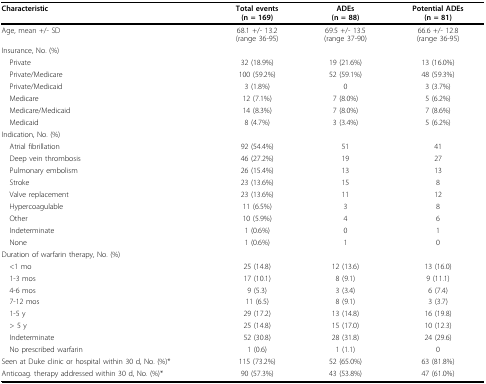
<table><thead><tr><td><b>Characteristic</b></td><td><b>Total events(n = 169)</b></td><td><b>ADEs(n = 88)</b></td><td><b>Potential ADEs(n = 81)</b></td></tr></thead><tbody><tr><td>Age, mean +/- SD</td><td>68.1 +/- 13.2(range 36-95)</td><td>69.5 +/- 13.5(range 37-90)</td><td>66.6 +/- 12.8(range 36-95)</td></tr><tr><td>Insurance, No. (%)</td><td></td><td></td><td></td></tr><tr><td> Private</td><td>32 (18.9%)</td><td>19 (21.6%)</td><td>13 (16.0%)</td></tr><tr><td> Private/Medicare</td><td>100 (59.2%)</td><td>52 (59.1%)</td><td>48 (59.3%)</td></tr><tr><td> Private/Medicaid</td><td>3 (1.8%)</td><td>0</td><td>3 (3.7%)</td></tr><tr><td> Medicare</td><td>12 (7.1%)</td><td>7 (8.0%)</td><td>5 (6.2%)</td></tr><tr><td> Medicare/Medicaid</td><td>14 (8.3%)</td><td>7 (8.0%)</td><td>7 (8.6%)</td></tr><tr><td> Medicaid</td><td>8 (4.7%)</td><td>3 (3.4%)</td><td>5 (6.2%)</td></tr><tr><td>Indication, No. (%)</td><td></td><td></td><td></td></tr><tr><td> Atrial fibrillation</td><td>92 (54.4%)</td><td>51</td><td>41</td></tr><tr><td> Deep vein thrombosis</td><td>46 (27.2%)</td><td>19</td><td>27</td></tr><tr><td> Pulmonary embolism</td><td>26 (15.4%)</td><td>13</td><td>13</td></tr><tr><td> Stroke</td><td>23 (13.6%)</td><td>15</td><td>8</td></tr><tr><td> Valve replacement</td><td>23 (13.6%)</td><td>11</td><td>12</td></tr><tr><td> Hypercoagulable</td><td>11 (6.5%)</td><td>3</td><td>8</td></tr><tr><td> Other</td><td>10 (5.9%)</td><td>4</td><td>6</td></tr><tr><td> Indeterminate</td><td>1 (0.6%)</td><td>0</td><td>1</td></tr><tr><td> None</td><td>1 (0.6%)</td><td>1</td><td>0</td></tr><tr><td>Duration of warfarin therapy, No. (%)</td><td></td><td></td><td></td></tr><tr><td> &lt;1 mo</td><td>25 (14.8)</td><td>12 (13.6)</td><td>13 (16.0)</td></tr><tr><td> 1-3 mos</td><td>17 (10.1)</td><td>8 (9.1)</td><td>9 (11.1)</td></tr><tr><td> 4-6 mos</td><td>9 (5.3)</td><td>3 (3.4)</td><td>6 (7.4)</td></tr><tr><td> 7-12 mos</td><td>11 (6.5)</td><td>8 (9.1)</td><td>3 (3.7)</td></tr><tr><td> 1-5 y</td><td>29 (17.2)</td><td>13 (14.8)</td><td>16 (19.8)</td></tr><tr><td> &gt; 5 y</td><td>25 (14.8)</td><td>15 (17.0)</td><td>10 (12.3)</td></tr><tr><td> Indeterminate</td><td>52 (30.8)</td><td>28 (31.8)</td><td>24 (29.6)</td></tr><tr><td> No prescribed warfarin</td><td>1 (0.6)</td><td>1 (1.1)</td><td>0</td></tr><tr><td>Seen at Duke clinic or hospital within 30 d, No. (%)*</td><td>115 (73.2%)</td><td>52 (65.0%)</td><td>63 (81.8%)</td></tr><tr><td>Anticoag. therapy addressed within 30 d, No. (%)*</td><td>90 (57.3%)</td><td>43 (53.8%)</td><td>47 (61.0%)</td></tr></tbody></table>